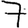
Digit: 7